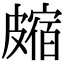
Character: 𥀝